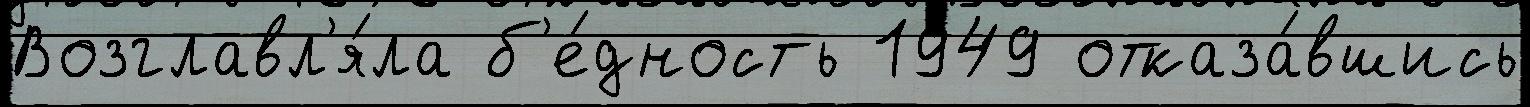
Возглавл'я́ла б'е́дность 1949 отказа́вшись